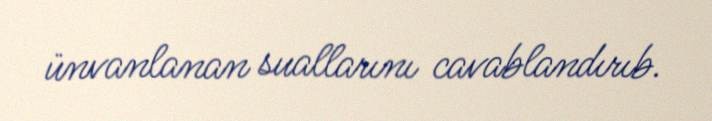
ünvanlanan suallarını cavablandırıb.